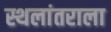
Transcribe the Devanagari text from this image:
स्थलांतराला